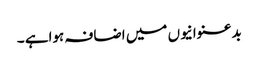
بدعنوانیوں میں اضافہ ہواہے ۔